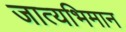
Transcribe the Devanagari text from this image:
जात्यभिमान